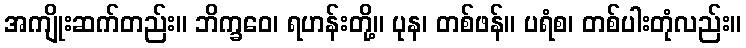
အကျိုးဆက်တည်း။ ဘိက္ခဝေ၊ ရဟန်းတို့။ ပုန၊ တစ်ဖန်။ ပရံစ၊ တစ်ပါးတုံလည်း။